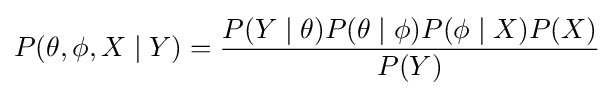
P(\theta ,\phi ,X\mid Y)={P(Y\mid \theta )P(\theta \mid \phi )P(\phi \mid X)P(X) \over P(Y)}